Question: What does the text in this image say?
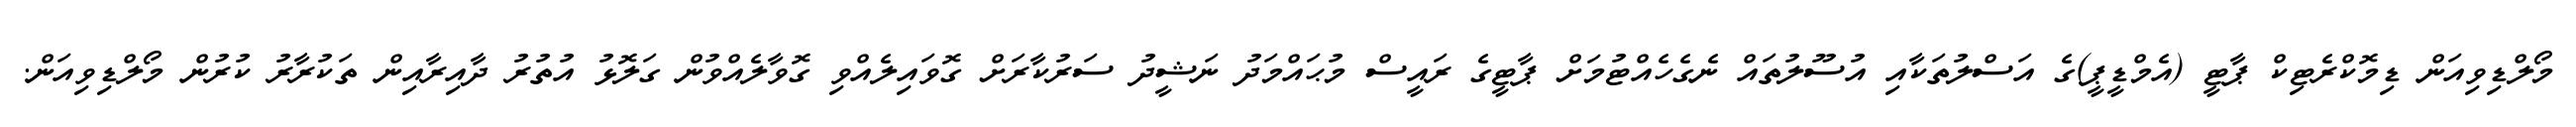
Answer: މޯލްޑިވިއަން ޑިމޮކްރެޓިކް ޕާޓީ (އެމްޑީޕީ)ގެ އަސްލުތަކާއި އުސޫލުތައް ނެގެހެއްޓުމަށް ޕާޓީގެ ރައީސް މުޙައްމަދު ނަޝީދު ސަރުކާރަށް ގޮވައިލެއްވި ގޮވާލެއްވުން ގަލޮޅު އުތުރު ދާއިރާއިން ތަކުރާރު ކުރުން މޯލްޑިވިއަން.